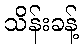
သိန်းခန့်